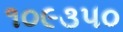
૧૦૯૩૫૦